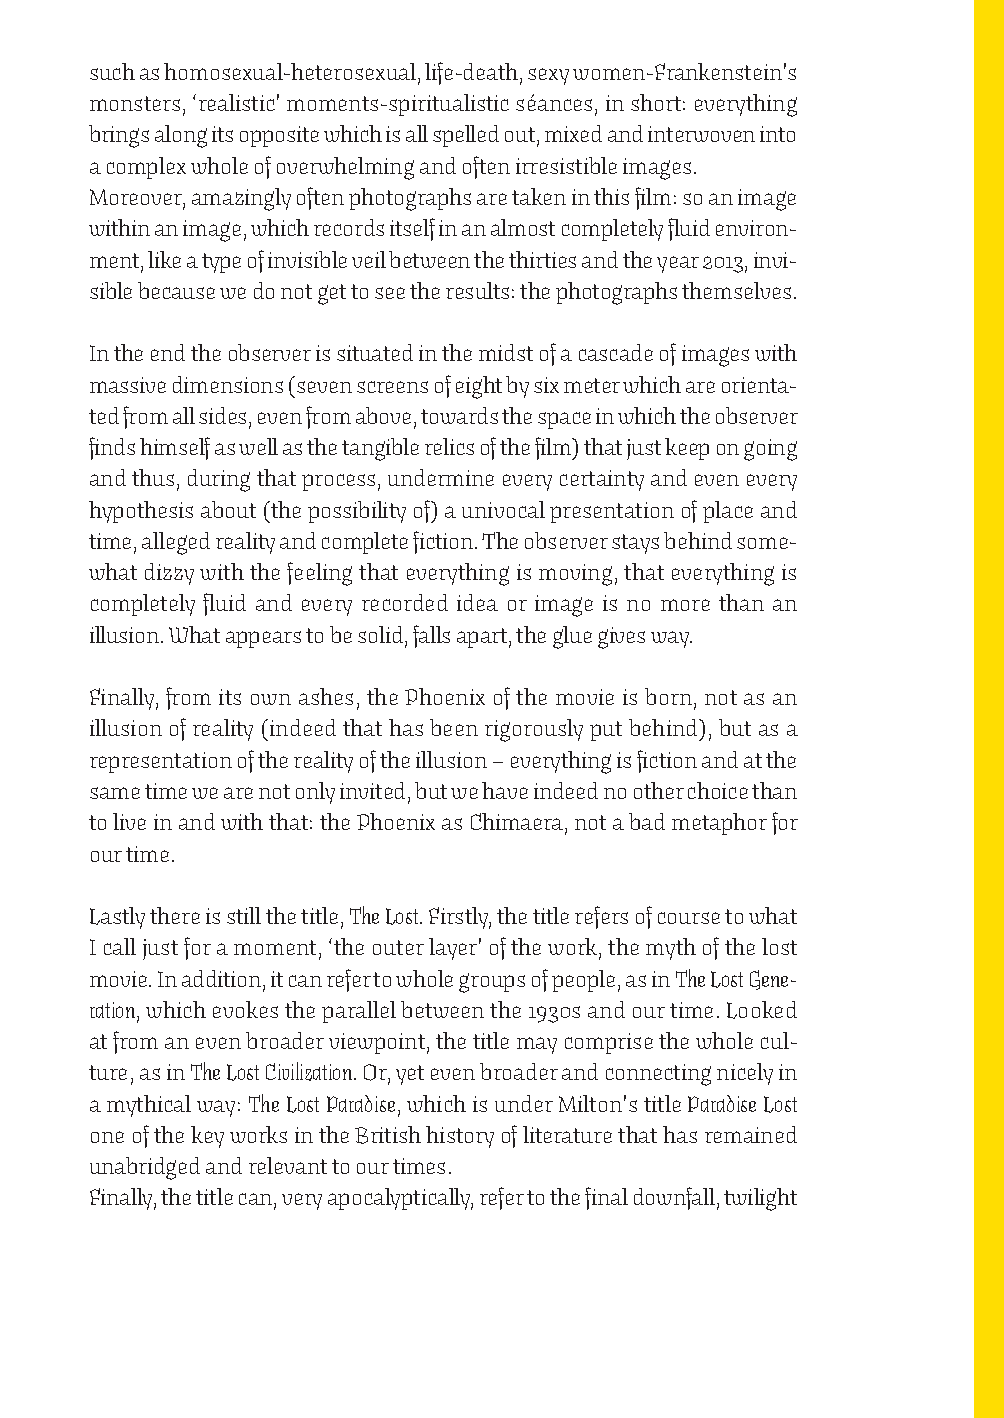
such as homosexual-heterosexual, life-death, sexy women-Frankenstein’s
 monsters, ‘realistic’ moments-spiritualistic séances, in short: everything
 brings along its opposite which is all spelled out, mixed and interwoven into
 a complex whole of overwhelming and often irresistible images.
 Moreover, amazingly often photographs are taken in this film: so an image
 within an image, which records itself in an almost completely fluid environ-
 ment, like a type of invisible veil between the thirties and the year 2013, invi-
 sible because we do not get to see the results: the photographs themselves.
 In the end the observer is situated in the midst of a cascade of images with
 massive dimensions (seven screens of eight by six meter which are orienta-
 ted from all sides, even from above, towards the space in which the observer
 finds himself as well as the tangible relics of the film) that just keep on going
 and thus, during that process, undermine every certainty and even every
 hypothesis about (the possibility of) a univocal presentation of place and
 time, alleged reality and complete fiction. The observer stays behind some-
 what dizzy with the feeling that everything is moving, that everything is
 completely fluid and every recorded idea or image is no more than an
 illusion. What appears to be solid, falls apart, the glue gives way.
 Finally, from its own ashes, the Phoenix of the movie is born, not as an
 illusion of reality (indeed that has been rigorously put behind), but as a
 representation of the reality of the illusion – everything is fiction and at the
 same time we are not only invited, but we have indeed no other choice than
 to live in and with that: the Phoenix as Chimaera, not a bad metaphor for
 our time.
 Lastly there is still the title, The Lost. Firstly, the title refers of course to what
 I call just for a moment, ‘the outer layer’ of the work, the myth of the lost
 movie. In addition, it can refer to whole groups of people, as in The Lost Gene-
 ration, which evokes the parallel between the 1930s and our time. Looked
 at from an even broader viewpoint, the title may comprise the whole cul-
 ture, as in The Lost Civilization. Or, yet even broader and connecting nicely in
 a mythical way: The Lost Paradise, which is under Milton’s title Paradise Lost
 one of the key works in the British history of literature that has remained
 unabridged and relevant to our times.
 Finally, the title can, very apocalyptically, refer to the final downfall, twilight